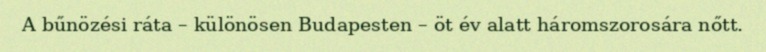
A bűnözési ráta – különösen Budapesten – öt év alatt háromszorosára nőtt.